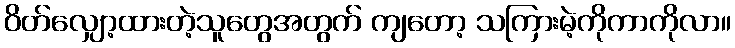
ဝိတ်လျှော့ထားတဲ့သူတွေအတွက် ကျတော့ သကြားမဲ့ကိုကာကိုလာ။